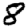
Digit: 8